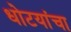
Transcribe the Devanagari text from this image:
धोटयांचा